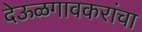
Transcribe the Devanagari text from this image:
देऊळगावकरांचा